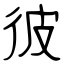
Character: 彼